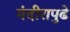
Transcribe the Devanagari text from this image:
मंदीरापुढे